Vaccination United Provinces of Agra and Oudh 1923-1928 - 1923-1928
Year: 1923
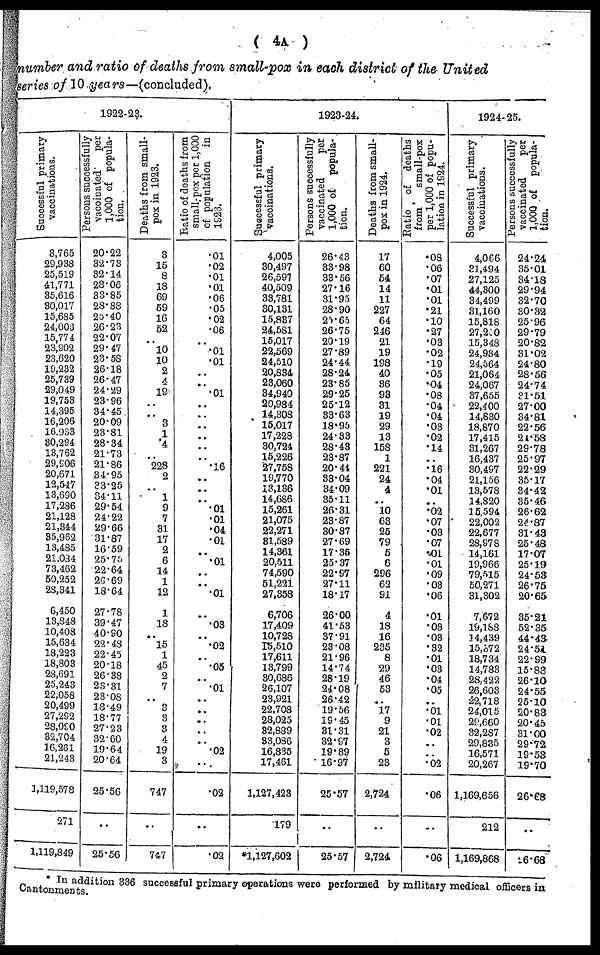
( 4A )
number and ratio of deaths from small-pox in each district of the United
series of 10 years—(concluded).
1922-23.
Successful primary
vaccinations.
3,765
29,933
25,519
41,771
35,616
30,017
15,685
24,003
15,774
23,902
23,620
19,232
25,739
29,049
19,753
14,395
16,206
16,983
30,294
13,762
29,906
20,671
12,547
13,690
17,296
21,128
21,344
35,962
13,485
21,034
73,462
50,252
28,341
6,450
13,843
10,403
15,634
18,223
18,803
23,691
25,243
22,058
20,499
27,292
28,090
32,704
16,261
21,249
1,119,578
271
1,119,849
Persons successfully
vaccinated
per
1,000 of popula-
tion.
20.22
32.73
32.14
28.06
33.85
23.88
20.40
26.23
22.07
29.47
23.58
26.18
26.47
24.29
23.96
34.45
20.09
23.81
28.34
21.73
21.86
34.95
33.25
34.11
29.54
24.22
29.66
31.87
16.59
25.75
22.64
26.69
18.64
27.78
39.47
40.90
22.48
22.45
20.18
26.38
23.31
23.08
18.49
18.77
27.23
32.60
19.64
20.64
25.56
..
25.56
Deaths from small-
pox in 1923.
3
15
8
18
69
59
16
52
..
10
10
2
4
19
..
..
3
1
4
..
228
2
..
1
9
7
31
17
2
6
14
1
12
1
18
..
15
1
45
2
7
..
3
3
3
4
19
3
747
..
747
Ratio of deaths from
small-pox per 1,000
of population in
1923.
.01
.02
.01
.01
.06
.05
.02
.06
..
.01
.01
..
..
.01 ..
..
..
.. ..
..
.16
..
..
..
.01
.01
.04
.01
..
.01
..
..
.01
..
.03
..
.02
..
.05
..
.01
..
..
..
..
..
.02
..
.02
..
.02
1923-24.
Successful primary
Vaccinations.
4,005
30,497
26,597
40,509
33,781
80,131
15,837
24,581
15,017
22,569
24,510
20,834
23,060
34,940
20,984
14,308
15,017
17,228
30,724
15,226
27,758
19,770
13,136
14,666
15,261
21,075
22,271
31,589
14,361
20,511
74,590
51,221
27,358
6,706
17,409
10,728
15,510
17,611
13,799
30,686
26,107
23,921
22,708
28,025
32,889
33,086
16,835
17,461
1,127,428
179
*1,127,602
Persons successfully
vaccinated
per
1,000 of popula-
tion.
26.43
33.98
33.56
27.16
31.95
28.90
25.65
26.75
20.19
27.89
24.44
28.24
28.85
29.25
25.12
33.63
18.95
24.33
28.43
23.87
20.44
38.04
34.09
35.11
26.31
23.87
30.87
27.69
17.35
25.37
22.97
27.11
18.17
26.00
41.53
37.91
28.08
21.96
14.74
28.19
24.08
26.42
19.56
19.45
31.31
32.97
19.89
16.97
25.57
..
25.57
Deaths from small-
pox in 1924.
17
60
54
14
11
227
64
246
21
19
198
40
36
93
31
19
29
13
158
1
221
24
4
..
10
63
25
79
5
6
296
62
91
4
18
16
235
8
29
46
53
..
17
9
21
3
5
23
2,724
..
2,724
Ratio
of deaths
from
small-pox
per 1,000 of popu-
lation in 1924.
. 08
.06
.07
.01
.01
.21
.10
.27
.03
.02
.19
.05
.04
.08
.04
.04
.03
.02
.14
..
.16
.04
.01
..
.02
.07
.03
.07
.01
.01
.09
.03
.06
.01
.03
.03
.32
.01
.03
.04
.05
..
.01
.01
.02
.. ..
.02
.06
..
.06
1924-25.
Successful primary
vaccinations.
4,066
31,494
27,125
44,300
34,499
31,160
15,818
27,210
15,348
24,934
24,564
21,064
24,067
37,655
22,400
14,830
18,870
17,415
31,267
16,437
30,497
21,156
13,578
14,820
15,594
22,002
22,677
28,978
14,161
19,966
79,515
50,271
31,302
7,972
19,188
14,439
15,572
18,734
14,783
28,422
26,603
22,718
24,015
29,660
32,287
29,835
16,571
20,267
1,169,656
212
1,169,868
Persons successfully
vaccinated
per
1,000 of popula-
tion.
24.24
35.01
34.18
29.94
32.70
30.32
25.96
29.79
20.82
31.02
24.80
28.56
24.74
31.51
27.00
34.81
22.56
24.58
29.78
25.97
22.29
35.17
34.42
35.46
26.62
24.87
31.43
25.48
17.07
25.19
24.53
26.75
20.65
35.21
52.35
44.43
24.51
22.99
15.83
26.10
24.55
25.10
20.83
20.45
31.00
29.72
19.53
19.70
26.68
..
16.68
* In addition 336 successful primary operation were performed by military medical officers in
Cantonments.